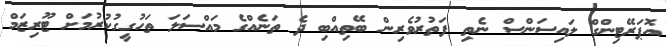
އޮޕަރޭޓިންގް ލައިސަންސް ނެތި ފަތުރުވެރިން ބޭތިއްބި ދެ ތަނެއްގެ މައްސަލަ ތަހުގީގުކުރުމަށް ޓޫރިޒަމް